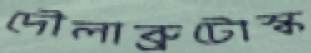
দৌলাব্রুটোস্ক